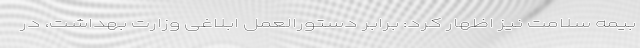
بیمه سلامت نیز اظهار کرد: برابر دستورالعمل ابلاغی وزارت بهداشت، در